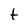
Character: t